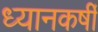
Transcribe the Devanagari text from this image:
ध्यानकर्षी